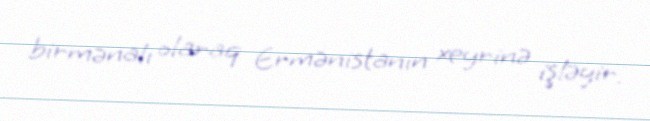
birmənalı olaraq Ermənistanın xeyrinə işləyir.